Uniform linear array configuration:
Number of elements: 24
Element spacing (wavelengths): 0.25
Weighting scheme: binomial
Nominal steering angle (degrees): -45
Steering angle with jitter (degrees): -43.604
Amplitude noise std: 0.05
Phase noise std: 0.05

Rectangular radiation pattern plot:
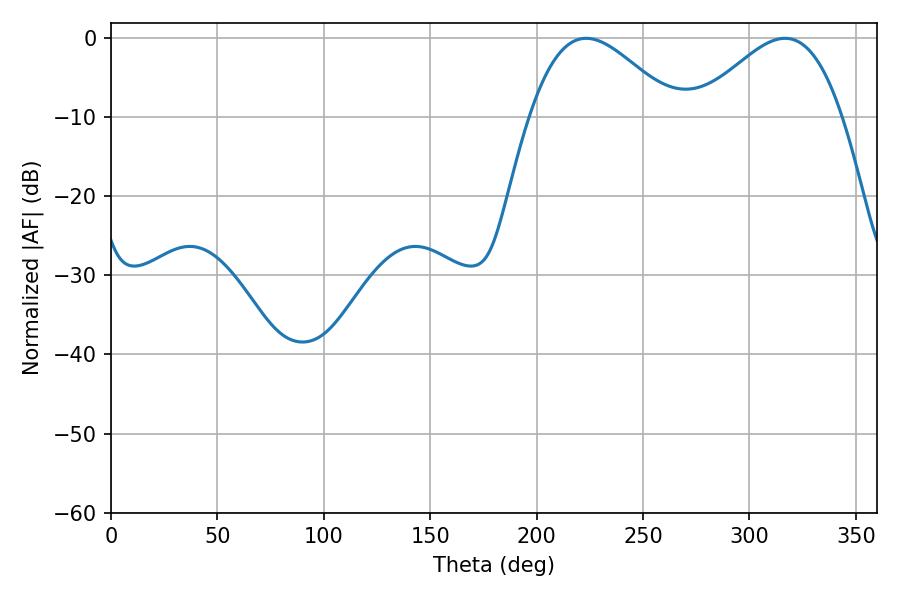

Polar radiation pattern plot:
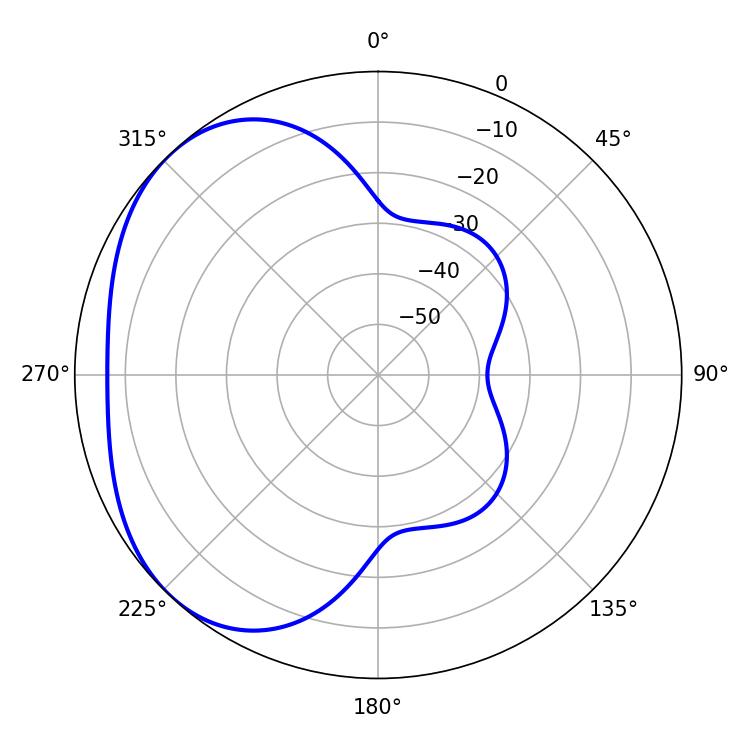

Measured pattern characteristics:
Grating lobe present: FALSE
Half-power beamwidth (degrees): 36.72
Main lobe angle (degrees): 223.2